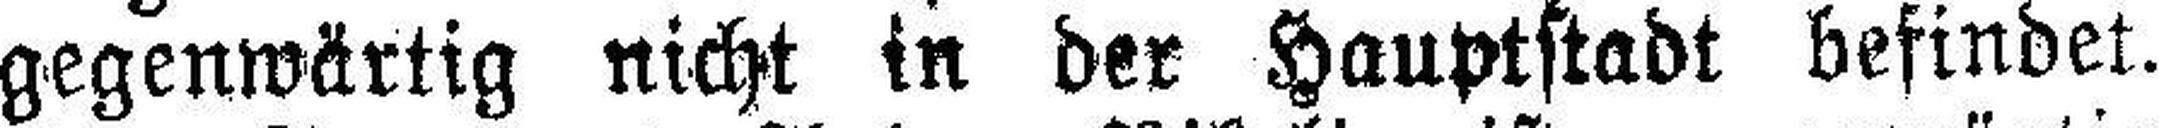
gegenwärtig nicht in der Hauptstadt befindet.